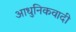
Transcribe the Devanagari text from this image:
आधुनिकवादी